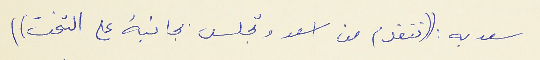
سعديه : ((تتقدم من اسعد وتجلس بجانبهُ على التخت))